Vaccination in Bombay 1869-1873 - 1869-1873
Year: 1869
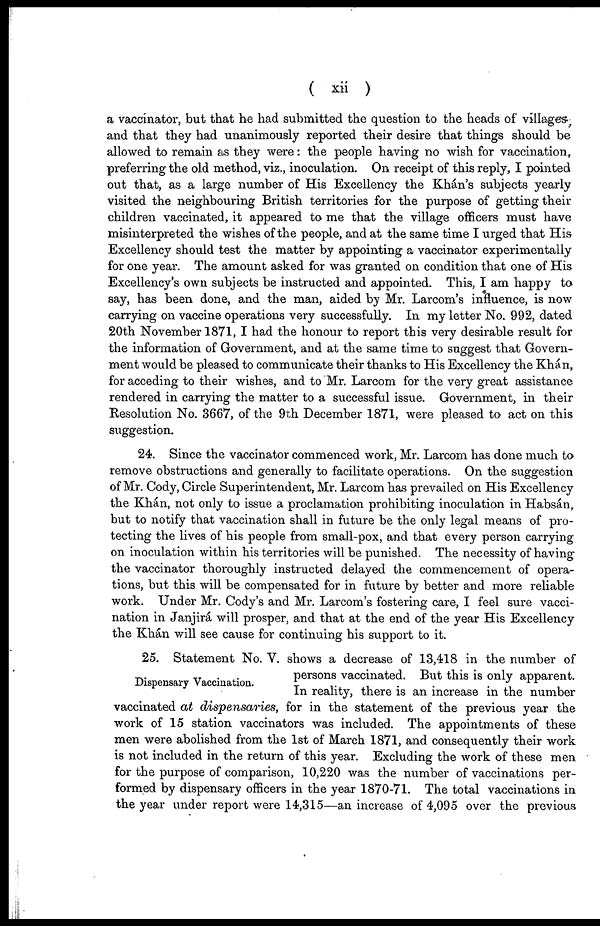
( xii )
a vaccinator, but that he had submitted the question to the heads of villages,
and that they had unanimously reported their desire that things should be
allowed to remain as they were: the people having no wish for vaccination,
preferring the old method, viz., inoculation. On receipt of this reply, I pointed
out that, as a large number of His Excellency the Khán's subjects yearly
visited the neighbouring British territories for the purpose of getting their
children vaccinated, it appeared to me that the village officers must have
misinterpreted the wishes of the people, and at the same time I urged that His
Excellency should test the matter by appointing a vaccinator experimentally
for one year. The amount asked for was granted on condition that one of His
Excellency's own subjects be instructed and appointed. This, I am happy to
say, has been done, and the man, aided by Mr. Larcom's influence, is now
carrying on vaccine operations very successfully. In my letter No. 992, dated
20th November 1871, I had the honour to report this very desirable result for
the information of Government, and at the same time to suggest that Govern-
ment would be pleased to communicate their thanks to His Excellency the Khán,
for acceding to their wishes, and to Mr. Larcom for the very great assistance
rendered in carrying the matter to a successful issue. Government, in their
Resolution No. 3667, of the 9th December 1871, were pleased to act on this
suggestion.
24. Since the vaccinator commenced work, Mr. Larcom has done much to
remove obstructions and generally to facilitate operations. On the suggestion
of Mr. Cody, Circle Superintendent, Mr. Larcom has prevailed on His Excellency
the Khán, not only to issue a proclamation prohibiting inoculation in Habsán,
but to notify that vaccination shall in future be the only legal means of pro-
tecting the lives of his people from small-pox, and that every person carrying
on inoculation within his territories will be punished. The necessity of having
the vaccinator thoroughly instructed delayed the commencement of opera-
tions, but this will be compensated for in future by better and more reliable
work. Under Mr. Cody's and Mr. Larcom's fostering care, I feel sure vacci-
nation in Janjirá, will prosper, and that at the end of the year His Excellency
the Khán will see cause for continuing his support to it.
Dispensary Vaccination.
25. Statement No. V. shows a decrease of 13,418 in the number of
persons vaccinated. But this is only apparent.
In reality, there is an increase in the number
vaccinated at dispensaries, for in the statement of the previous year the
work of 15 station vaccinators was included. The appointments of these
men were abolished from the 1st of March 1871, and consequently their work
is not included in the return of this year. Excluding the work of these men
for the purpose of comparison, 10,220 was the number of vaccinations per-
formed by dispensary officers in the year 1870-71. The total vaccinations in
the year under report were 14,315—an increase of 4,095 over the previous